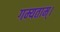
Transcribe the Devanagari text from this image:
गम्यताम्।